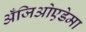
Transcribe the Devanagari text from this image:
अँजिओएडेमा